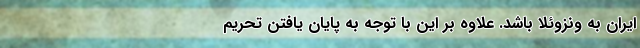
ایران به ونزوئلا باشد. علاوه بر این با توجه به پایان یافتن تحریم